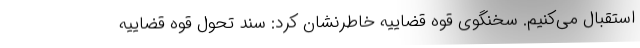
استقبال می‌کنیم. سخنگوی قوه قضاییه خاطرنشان کرد: سند تحول قوه قضاییه